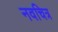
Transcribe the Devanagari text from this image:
नवचित्र